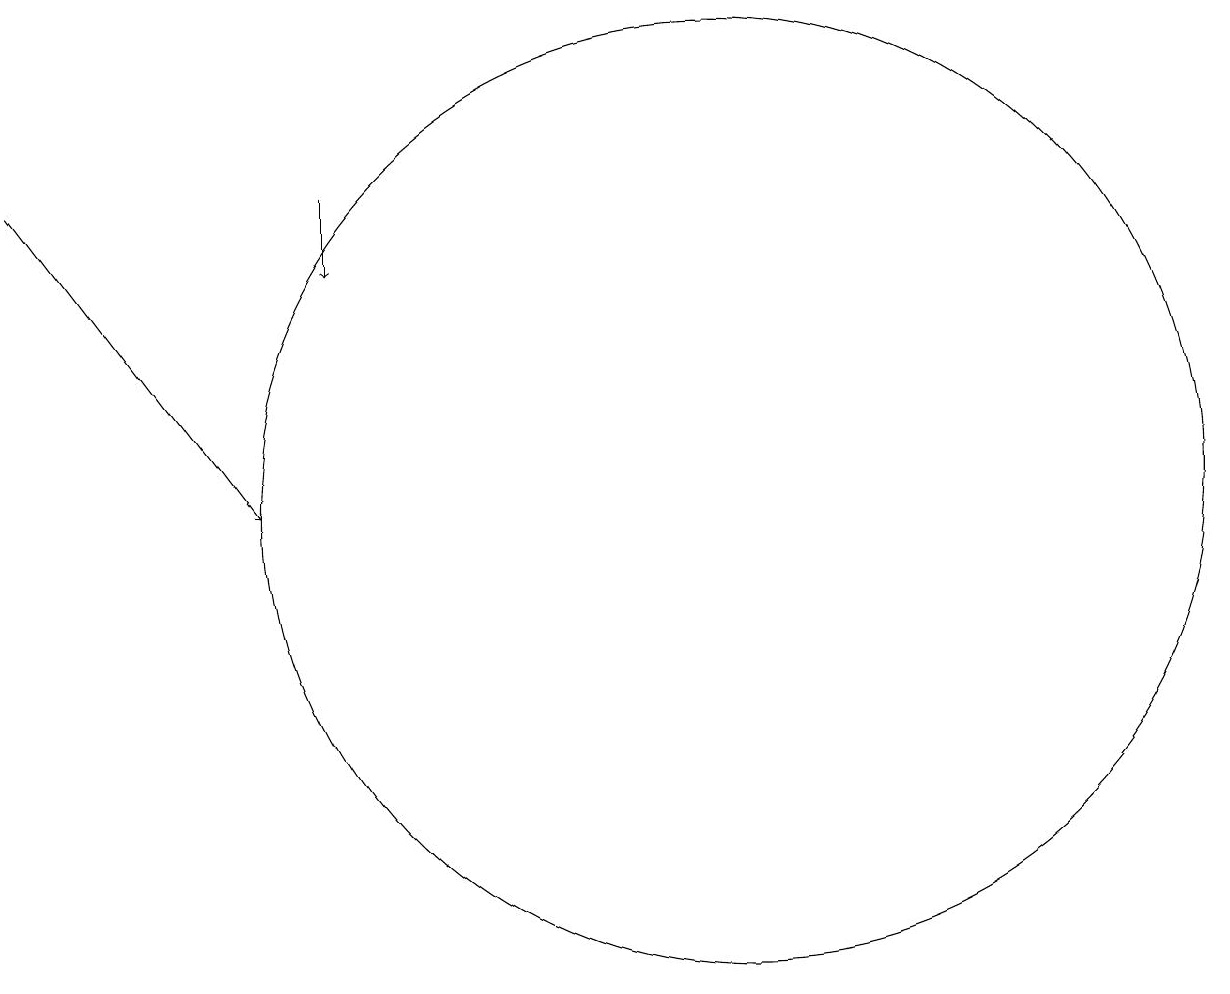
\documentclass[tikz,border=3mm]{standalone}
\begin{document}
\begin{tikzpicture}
\draw[->] (5,16) -- (5,15);
\draw[->] (1,16) -- (4,12);
\draw (10,12) circle (6);
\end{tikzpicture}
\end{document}